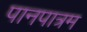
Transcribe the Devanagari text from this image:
पानपात्रम